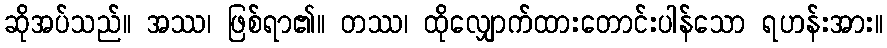
ဆိုအပ်သည်။ အဿ၊ ဖြစ်ရာ၏။ တဿ၊ ထိုလျှောက်ထားတောင်းပါန်သော ရဟန်းအား။